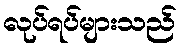
လုပ်ရပ်များသည်